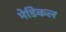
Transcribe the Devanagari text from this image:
मेडिकल